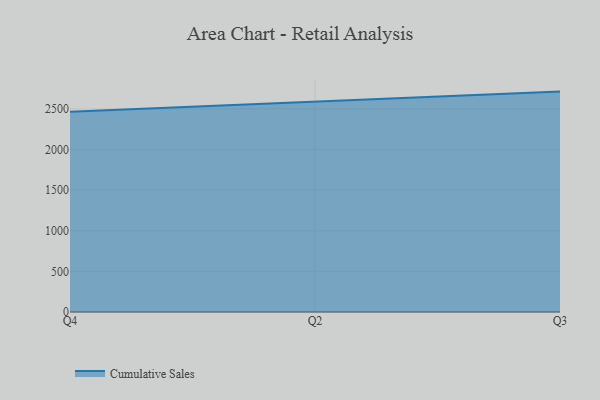
{"axis": {"x": "Quarter", "y": "Net Income (USD K)"}, "legend": ["Cumulative Sales"], "data": [{"x": "Q4", "y": 2464.1, "type": "Cumulative Sales"}, {"x": "Q2", "y": 2590.5, "type": "Cumulative Sales"}, {"x": "Q3", "y": 2712.0, "type": "Cumulative Sales"}]}